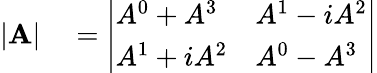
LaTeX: \begin{array}{rl}{|\mathbf{A}|}&{{}={\left|\begin{array}{ll}{A^{0}+A^{3}}&{A^{1}-iA^{2}}\\ {A^{1}+iA^{2}}&{A^{0}-A^{3}}\end{array}\right|}}\end{array}